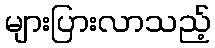
များပြားလာသည့်